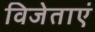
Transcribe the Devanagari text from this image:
विजेताएं